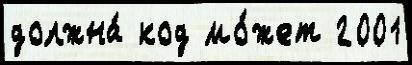
должна́ код мо́жет 2001